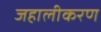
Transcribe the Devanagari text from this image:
जहालीकरण